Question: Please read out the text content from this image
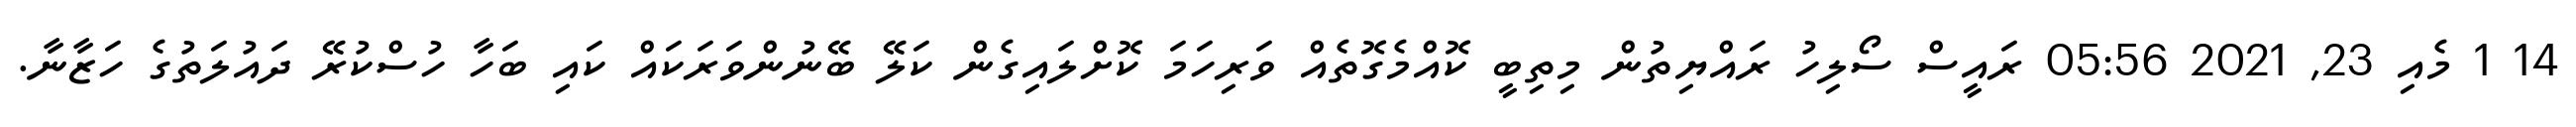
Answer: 14 1 މެއި 23, 2021 05:56 ރައީސް ސޯލިހު ރައްޔިތުން މިތިބީ ކޮއްމެގޮތެއް ވަރިހަމަ ކޮށްލައިގެން ކަލޭ ބޭނުންވަރަކައް ކައި ބަހާ ހުސްކުރޭ ދައުލަތުގެ ހަޒާނާ.